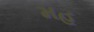
મહ